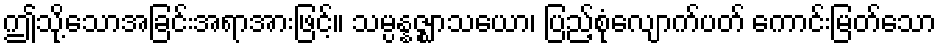
ဤသို့သောအခြင်းအရာအားဖြင့်။ သမ္ပန္နဇ္ဈာသယော၊ ပြည့်စုံလျောက်ပတ် ကောင်းမြတ်သော